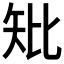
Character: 𥎬